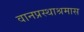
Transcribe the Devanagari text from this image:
वानप्रस्थाश्रमास